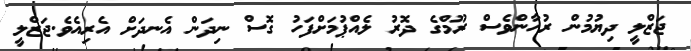
ޖަޒްލީ ދިޔުމުން ރުހާންވެސް ރޫމްގެ ދޮރު ލެއްޕުމަށްފަހު ގޮސް ނިދަން އެނދަށް އެރިއެވެ.ޖަޒްލީ